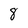
Character: 8